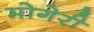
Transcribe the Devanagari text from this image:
मोगेरी